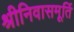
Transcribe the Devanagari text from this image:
श्रीनिवासमूर्ति